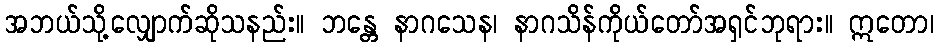
အဘယ်သို့လျှောက်ဆိုသနည်း။ ဘန္တေ နာဂသေန၊ နာဂသိန်ကိုယ်တော်အရှင်ဘုရား။ ဣတော၊